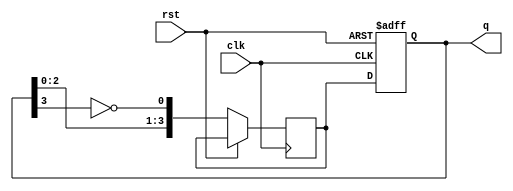
module johnson_counter(
    input clk, // Clock input
    input rst, // Reset input
    output reg [3:0] q // 4-bit output
);

reg [3:0] next_q; // Next state

// Johnson counter logic
always @(posedge clk or posedge rst) begin
    if (rst) begin // Reset state
        q <= 4'b0000;
    end else begin // Shift through states
        next_q[0] <= ~q[3];
        next_q[1] <= q[0];
        next_q[2] <= q[1];
        next_q[3] <= q[2];
        q <= next_q;
    end
end

endmodule